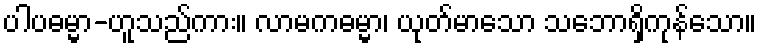
ပါပဓမ္မာ-ဟူသည်ကား။ လာမကဓမ္မာ၊ ယုတ်မာသော သဘောရှိကုန်သော။